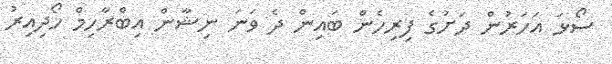
ސޯޅަ އަހަރުން ދަށުގެ ފިރިހެން ބައިން ދެ ވަނަ ނިޝާން އިބްރާހިމް ހޯދިއިރު